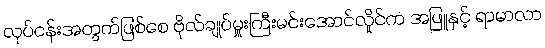
လုပ်ငန်းအတွက်ဖြစ်စေ ဗိုလ်ချုပ်မှူးကြီးမင်းအောင်လှိုင်က အဖြူနှင့် ရာမာလာ